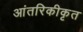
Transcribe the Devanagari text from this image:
आंतरिकीकृत